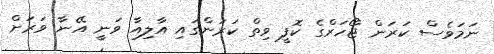
ނަމަވެސް ކަރަން ޖޯހަރްގެ ކޮފީ ވިތް ކަރަންގައި އާލިއާ ވަނީ އޭނާ ވަރަށް